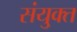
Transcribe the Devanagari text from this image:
संयु्क्त